Medical and sanitary report of the native army of Bengal for the year
Year: 1875
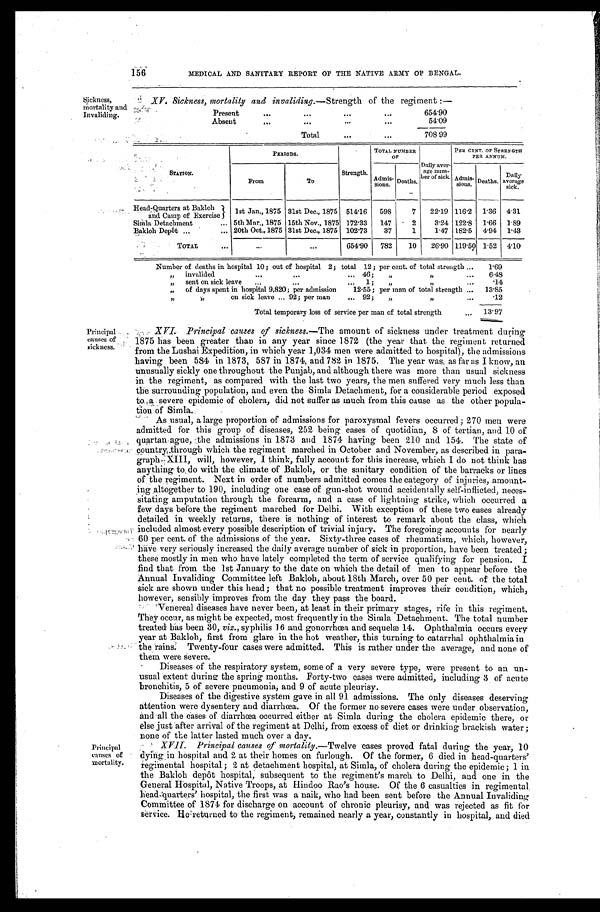
MEDICAL AND SANITARY REPORT OF THE NATIVE ARMY OF BENGAL.
Sickness,
mortality and
Invaliding.
XV. Sickness. mortality and invaliding— Strength of the regiment :—
Present . . .
654.90
Absent . . .
54.09
Total . . .
708.99
STATION.
P E R I O D S .
Strength.
TOTAL NUMBER
OF
Daily aver-
age num-
ber of sick.
PER CENT. OF STRENGTH
PER ANNUM.
From
T O
Admis-
sions. Deaths.
Admis-
s i o n s . Deaths.
Daily
average sick.
Head-Quarters at Bakloh
and Camp of Exercise 1st Jan., 1875 31st Dec., 1875 514.16 598
7 22.19 116.2 1.36 4.31
Simla Detachment . . .
5th Mar., 1875 15th Nov., 1875 172.33 147
2
3.24 122.8 1.66 1.89
Bakloh Depôt . . .
20th Oct., 1875 31st Dec., 1875 102.73
37
1
1.47 182.5 4.94 1.43
TOTAL . . .
. . .
. . .
654.90 782
10 26.90 119.50 1.52 4.10
Number of deaths in hospital 10; out of hospital 2; total 12; per cent. of total strength . . .
1.69
„" invalided . . .46; " " . . .
6.48
" sent on sick leave . . . 1; " " . . .
.14
" of days spent in hospital 9,820; per admission 12.55; per man of total strength . . . 13.85
" " on sick leave . . . 92; per man . . . 92; " " . . .
. 1 2
Total temporary loss of service per man of total strength . . . 13.97
Principal
causes of
ck ness.
Principal
causes of
mortality
XVI. Principal causes of sickness.— The amount of sickness under treatment during
1875 has been greater than in any year since 1872 (the year that the regiment; returned
from the Lushai Expedition, in which year 1,034 men were admitted to hospital), the admissions
having been 584 in 1873, 587 in 1874, and 782 in 1875. The year was, as far as I know, an
unusually sickly one throughout the Punjab, and although there was more than usual sickness
in the regiment, as compared with the last two years, the men suffered very much less than
the surrounding population, and even the Simla Detachment, for a considerable period exposed
to a severe epidemic of cholera, did not suffer as much from this cause as the other popula-
tion of Simla
.
As usual, a large proportion of admissions for paroxysmal fevers occurred; 270 men were
admitted for this group of diseases, 252 being cases of quotidian, 8 of tertian, and 10 of
quartan ague, the admissions in 1873 and 1874 having been 210 and 154. The state of
country through which the regiment marched in October and November, as described in para-
graph XIII, will, however, I think, fully account for this increase, which I do not think has
anything to do with the climate of Bakloh, or the sanitary condition of the barracks or lines
of the regiment. Next in order of numbers admitted comes the category of injuries, amount-
ing altogether to 190, including one case of gun-shot wound accidentally self-inflicted, neces
-
sitating amputation through the forearm, and a case of lightning strike, which occurred a
few days before the regiment marched for Delhi. With exception of these two cases already
detailed in weekly returns, there is nothing of interest to remark about the class, which
included almost every possible description of trivial injury. The foregoing accounts for nearly
60 per cent. of the admissions of the year. Sixty-three cases of rheumatism, which, however,
have very seriously increased the daily average number of sick in proportion, have been treated;
these mostly in men who have lately completed the term of service qualifying for pension. I
find that from the 1st January to the date on which the detail of men to appear before the
Annual Invaliding Committee left Bakloh, about 18th March, over 50 per cent. of the total
sick are shown under this head; that no possible treatment improves their condition, which,
however, sensibly improves from the day they pass the board.
Venereal diseases have never been, at least in their primary stages, rife in this regiment.
They occur, as might be expected, most frequently in the Simla Detachment. The total number
treated has been 30, viz., syphilis 16 and gonorrhœa and sequelæ 14. Ophthalmia occurs every
year at Bakloh, first from glare in the hot weather, this turning to catarrhal ophthalmia in
the rains. Twenty-four cases were admitted. This is rather under the average, and none of
them were severe.
Diseases of the respiratory system, some of a very severe type, were present to an un
-
usual extent during the spring months. Forty-two cases were admitted, including 3 of acute
bronchitis, 5 of severe pneumonia, and 9 of acute pleurisy.
Diseases of the digestive system gave in all 91 admissions. The only diseases deserving
attention were dysentery and diarrhœa. Of the former no severe cases were under observation,
and all the cases of diarrhœa occurred either at Simla during the cholera epidemic there, or
else just after arrival of the regiment at Delhi, from excess of diet or drinking brackish water;
none of the latter lasted much over a day.
XVII. Principal causes of mortality.— Twelve cases proved fatal during the year, 10
d y i n g i n h o s p i t a l a n d 2 a t t h e i r h o m e s o n f u r l o u g h . O f t h e f o r m e r , 6 d i e d i n h e a d - q u a r t e r s
r e g i m e n t a l h o s p i t a l ; 2 a t d e t a c h m e n t h o s p i t a l , a t S i m l a , o f c h o l e r a d u r i n g t h e e p i d e m i c ; 1 i n
the Bakloh depôt hospital, subsequent to the regiment's march to Delhi, and one in the
General Hospital, Native Troops, at Hindoo Rao's house. Of the 6 casualties in regimental.
head-quarters' hospital, the first was a naik, who had been sent before the Annual Invaliding
Committee of 1874 for discharge on account of chronic pleurisy, and was rejected as fit for
service. He-returned to the regiment, remained nearly a year, constantly in hospital, and died